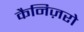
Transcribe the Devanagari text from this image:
कैनिज़रो